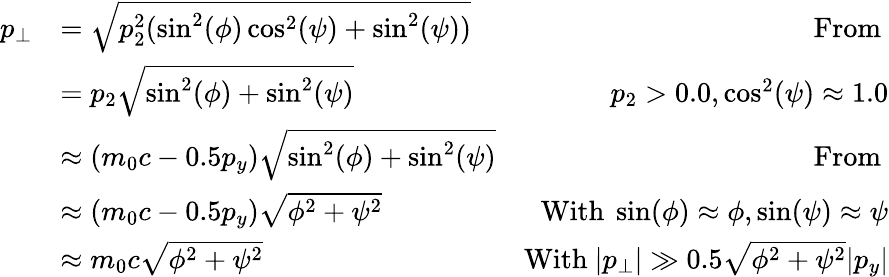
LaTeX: \begin{array}{rlr}{p_{\perp}}&{=\sqrt{p_{2}^{2}(\sin^{2}(\phi)\cos^{2}(\psi)+\sin^{2}(\psi))}}&{\mathrm{From~}}\\ &{=p_{2}\sqrt{\sin^{2}(\phi)+\sin^{2}(\psi)}}&{p_{2}>0.0,\cos^{2}(\psi)\approx 1.0}\\ &{\approx(m_{0}c-0.5p_{y})\sqrt{\sin^{2}(\phi)+\sin^{2}(\psi)}}&{\mathrm{From~}}\\ &{\approx(m_{0}c-0.5p_{y})\sqrt{\phi^{2}+\psi^{2}}}&{\mathrm{With~}\sin(\phi)\approx\phi,\sin(\psi)\approx\psi}\\ &{\approx m_{0}c\sqrt{\phi^{2}+\psi^{2}}}&{\mathrm{With~}|p_{\perp}|\gg 0.5\sqrt{\phi^{2}+\psi^{2}}|p_{y}|}\end{array}